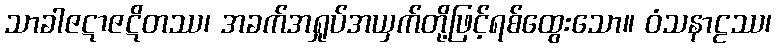
သာခါဇဋာဇဋိတဿ၊ အခက်အရှုပ်အယှက်တို့ဖြင့်ရစ်ထွေးသော။ ဝံသနာဠဿ၊